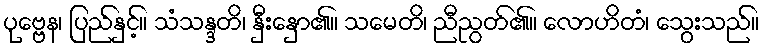
ပုဗ္ဗေန၊ ပြည်နှင့်။ သံသန္ဒတိ၊ နှီးနှော၏။ သမေတိ၊ ညီညွတ်၏။ လောဟိတံ၊ သွေးသည်။